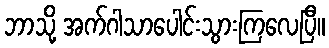
ဘာသို့ အက်ဂါသာပေါင်းသွားကြလေပြီ။